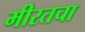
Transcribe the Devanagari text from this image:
मीरतचा